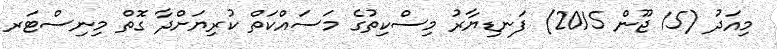
މިއަދު (15 ޖޫން 2015) ފަނޑިޔާރު މިސްކިތުގެ މަސައްކަތް ކުރިޔަށްދާ ގޮތް މިނިސްޓަރ